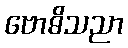
ဗောဓိသညာ